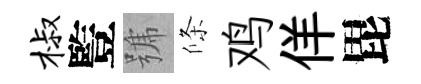
椒䜿號條鸡佯毘